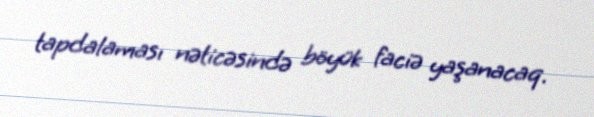
tapdalaması nəticəsində böyük faciə yaşanacaq.